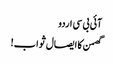
آئی بی سی اردو
گھمن کا ایصال ثواب!